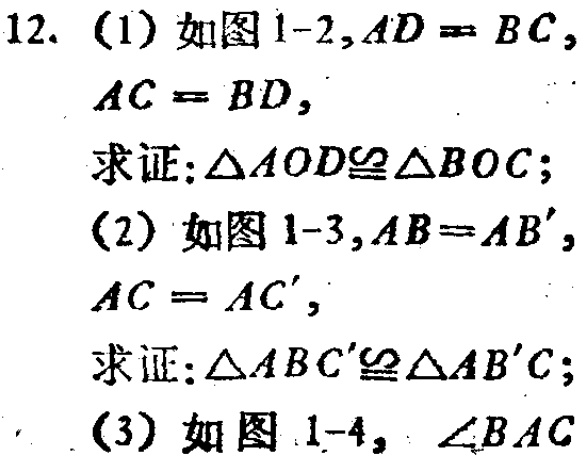
12. (1) 如图1-2,$AD = BC$,
$AC = BD$,
求证:$\triangle AOD\cong\triangle BOC$;
(2) 如图1-3,$AB = AB'$,
$AC = AC'$,
求证:$\triangle ABC'\cong\triangle AB'C$;
(3) 如图1-4, $\angle BAC$